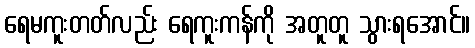
ရေမကူးတတ်လည်း ရေကူးကန်ကို အတူတူ သွားရအောင်။